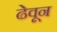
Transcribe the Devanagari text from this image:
ढेवून